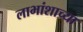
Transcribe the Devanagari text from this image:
लाभांशाच्या